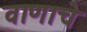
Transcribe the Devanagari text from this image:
वाणाचे